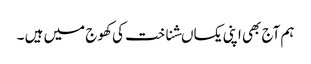
ہم آج بھی اپنی یکساںشناخت کی کھوج میں ہیں ۔